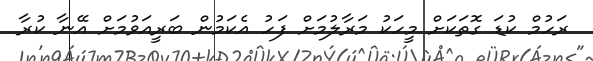
ރަހުމް ކުޑަ ގޮތަކަށް މީހަކު މަރާލުމަށް ފަހު އެކަމުން ބަރީއަވުމަށް އޭނާ ކުރާ